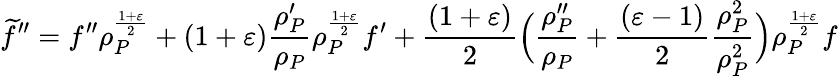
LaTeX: \widetilde{f}^{\prime\prime}=f^{\prime\prime}\rho_{P}^{\frac{1+\varepsilon}{2}}+(1+\varepsilon)\frac{\rho_{P}^{\prime}}{\rho_{P}}\rho_{P}^{\frac{1+\varepsilon}{2}}f^{\prime}+\frac{(1+\varepsilon)}{2}\Big(\frac{\rho_{P}^{\prime\prime}}{\rho_{P}}+\frac{(\varepsilon-1)}{2}\frac{\rho_{P}^{2}}{\rho_{P}^{2}}\Big)\rho_{P}^{\frac{1+\varepsilon}{2}}f